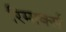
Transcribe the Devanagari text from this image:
रिमार्क्स